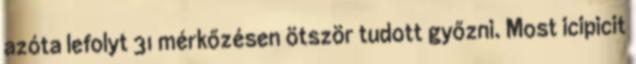
azóta lefolyt 31 mérkőzésen ötször tudott győzni. Most icipicit